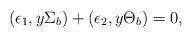
\begin{align*}(\epsilon_{1},y\Sigma_{b})+(\epsilon_{2}, y\Theta_{b})=0,\end{align*}